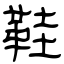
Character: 鞋